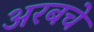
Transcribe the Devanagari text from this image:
अरबचे